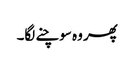
پھر وہ سوچنے لگا۔